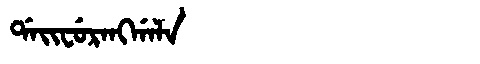
Manchu: ᡩᠠᡳᠸᡠᡵᠠᠩᡤᠠᠯᠠ
Romanization: DAIFURANGGALA